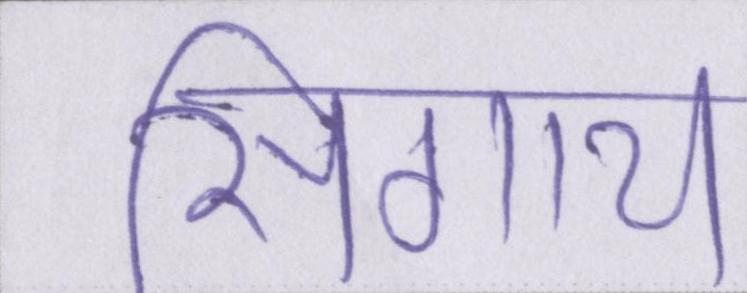
सिगाय